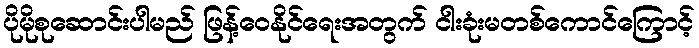
ပိုမိုစုဆောင်းပါမည် ဖြန့်ဝေနိုင်ရေးအတွက် ငါးခုံးမတစ်ကောင်ကြောင့်